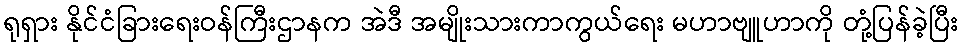
ရုရှား နိုင်ငံခြားရေးဝန်ကြီးဌာနက အဲဒီ အမျိုးသားကာကွယ်ရေး မဟာဗျူဟာကို တုံ့ပြန်ခဲ့ပြီး